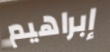
إبراهيم